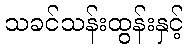
သခင်သန်းထွန်းနှင့်